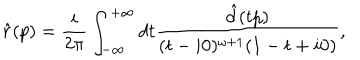
LaTeX: \hat { r } ( p ) = \frac { i } { 2 \pi } \int _ { - \infty } ^ { + \infty } d t \frac { \hat { d } ( t p ) } { ( t - i 0 ) ^ { \omega + 1 } ( 1 - t + i 0 ) } ,